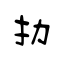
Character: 扐